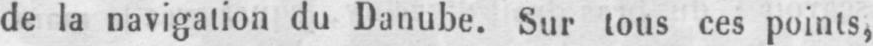
de la navigation du Danube. Sur tous ces points,